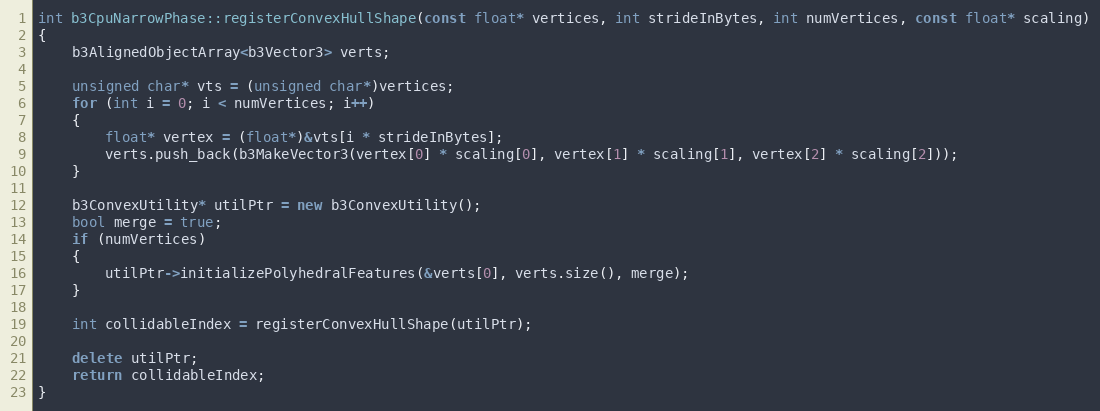
Language: C++
int b3CpuNarrowPhase::registerConvexHullShape(const float* vertices, int strideInBytes, int numVertices, const float* scaling)
{
	b3AlignedObjectArray<b3Vector3> verts;

	unsigned char* vts = (unsigned char*)vertices;
	for (int i = 0; i < numVertices; i++)
	{
		float* vertex = (float*)&vts[i * strideInBytes];
		verts.push_back(b3MakeVector3(vertex[0] * scaling[0], vertex[1] * scaling[1], vertex[2] * scaling[2]));
	}

	b3ConvexUtility* utilPtr = new b3ConvexUtility();
	bool merge = true;
	if (numVertices)
	{
		utilPtr->initializePolyhedralFeatures(&verts[0], verts.size(), merge);
	}

	int collidableIndex = registerConvexHullShape(utilPtr);

	delete utilPtr;
	return collidableIndex;
}